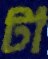
টা